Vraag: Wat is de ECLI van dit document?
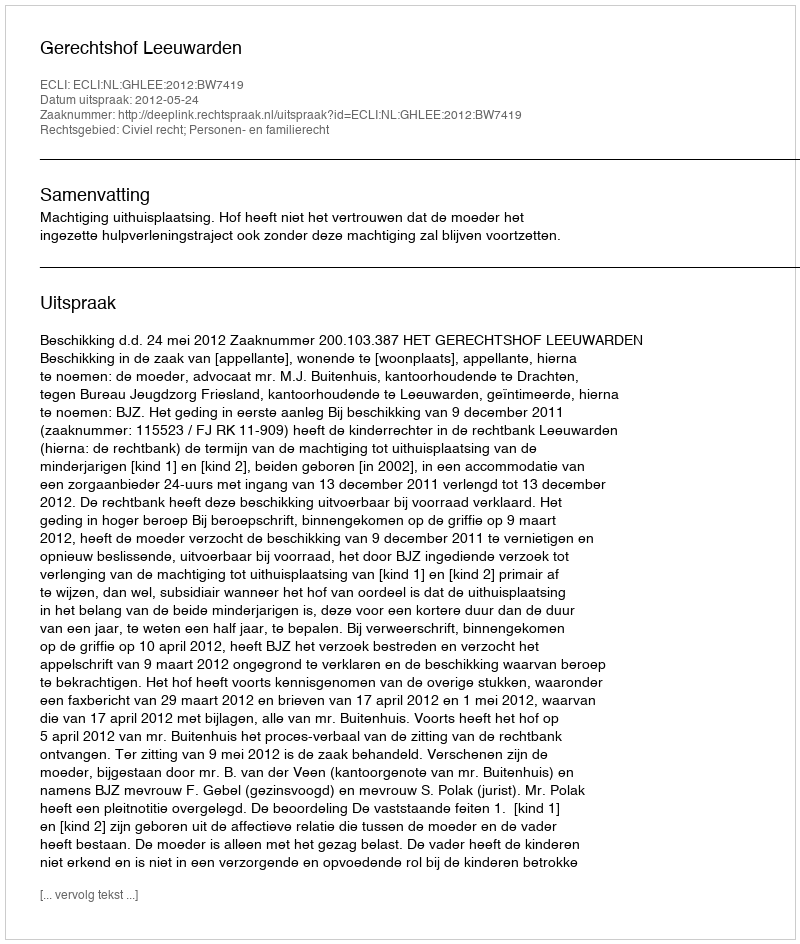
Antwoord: ECLI:NL:GHLEE:2012:BW7419